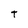
Character: T